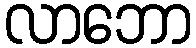
လာဘော